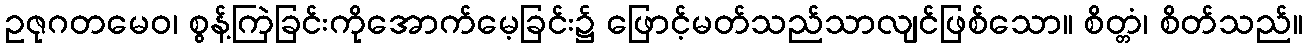
ဥဇုဂတမေဝ၊ စွန့်ကြဲခြင်းကိုအောက်မေ့ခြင်း၌ ဖြောင့်မတ်သည်သာလျင်ဖြစ်သော။ စိတ္တံ၊ စိတ်သည်။